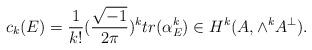
LaTeX: \begin{align*}c_k(E)=\frac{1}{k!}(\frac{\sqrt{-1}}{2\pi})^k tr(\alpha_E^k)\in H^k(A,\wedge^k A^{\perp}).\end{align*}